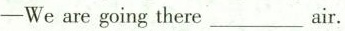
-We are going there___air.